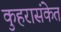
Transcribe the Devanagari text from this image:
कुहरासंकेत